Indian journal of veterinary science and animal husbandry - Volumes 18-21, 1948-1951
Year: 1948
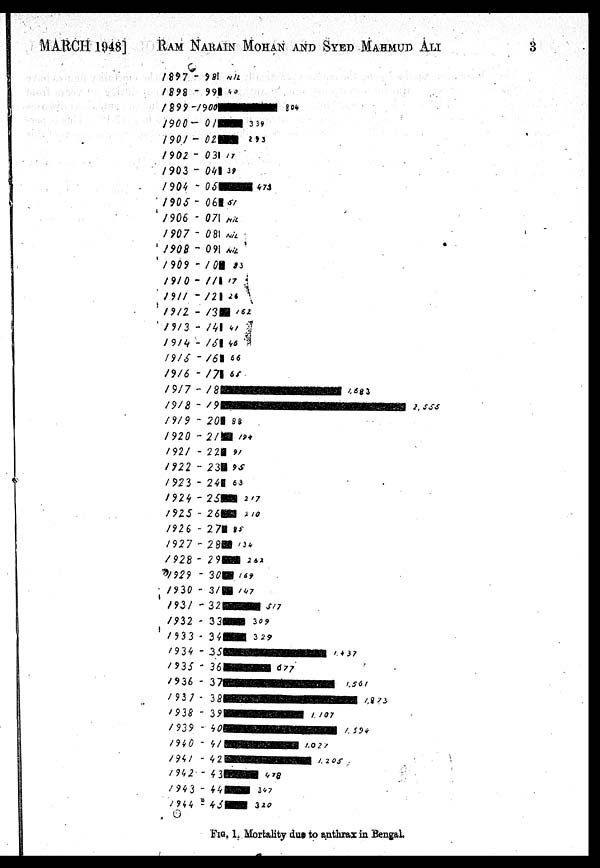
MARCH 1948] RAM NARAIN MOHAN AND SYED MAHMUD ALI
FIG. 1, Mortality due to anthrax in Bengal.